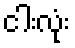
ငါးလုံး